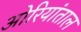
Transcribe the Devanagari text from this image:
ओरियांताल